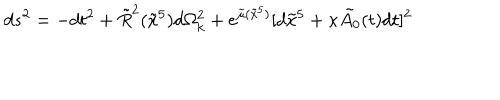
LaTeX: d s ^ { 2 } = - d t ^ { 2 } + \tilde { R } ^ { 2 } ( \tilde { x } ^ { 5 } ) d \Omega _ { k } ^ { 2 } + e ^ { \tilde { \mu } ( \tilde { x } ^ { 5 } ) } [ d \tilde { x } ^ { 5 } + \kappa \tilde { A _ { 0 } } ( t ) d t ] ^ { 2 }